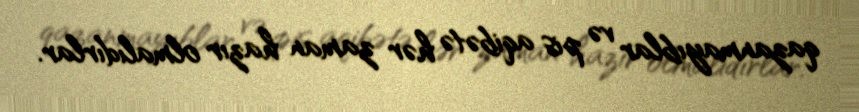
qazanmayıblar və pis aqibətə hər zaman hazır olmalıdırlar.